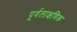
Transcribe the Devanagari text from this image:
पूर्वलाक्षणिक